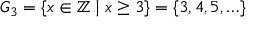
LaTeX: G _ { 3 } = \{ x \in \mathbb { Z } \mid x \geq 3 \} = \{ 3 , 4 , 5 , \ldots \}